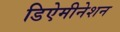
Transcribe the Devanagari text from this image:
डिऐमीनेशन